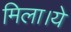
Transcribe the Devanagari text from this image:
मिला।ये